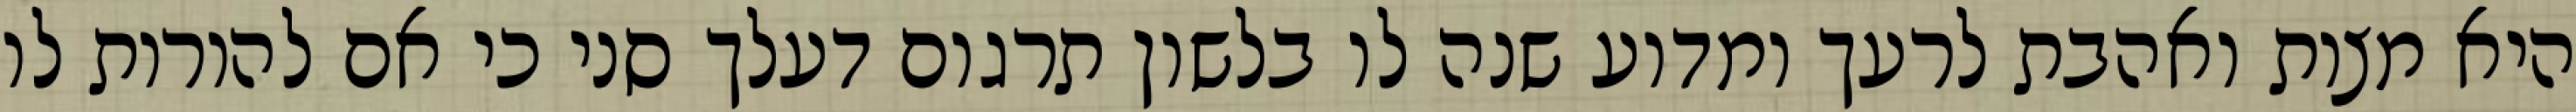
היא מצות ואהבת לרעך ומדוע שנה לו בלשון תרגום דעלך סני כי אם להורות לו